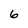
Character: 6